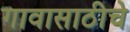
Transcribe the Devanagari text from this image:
गावासाठीचे